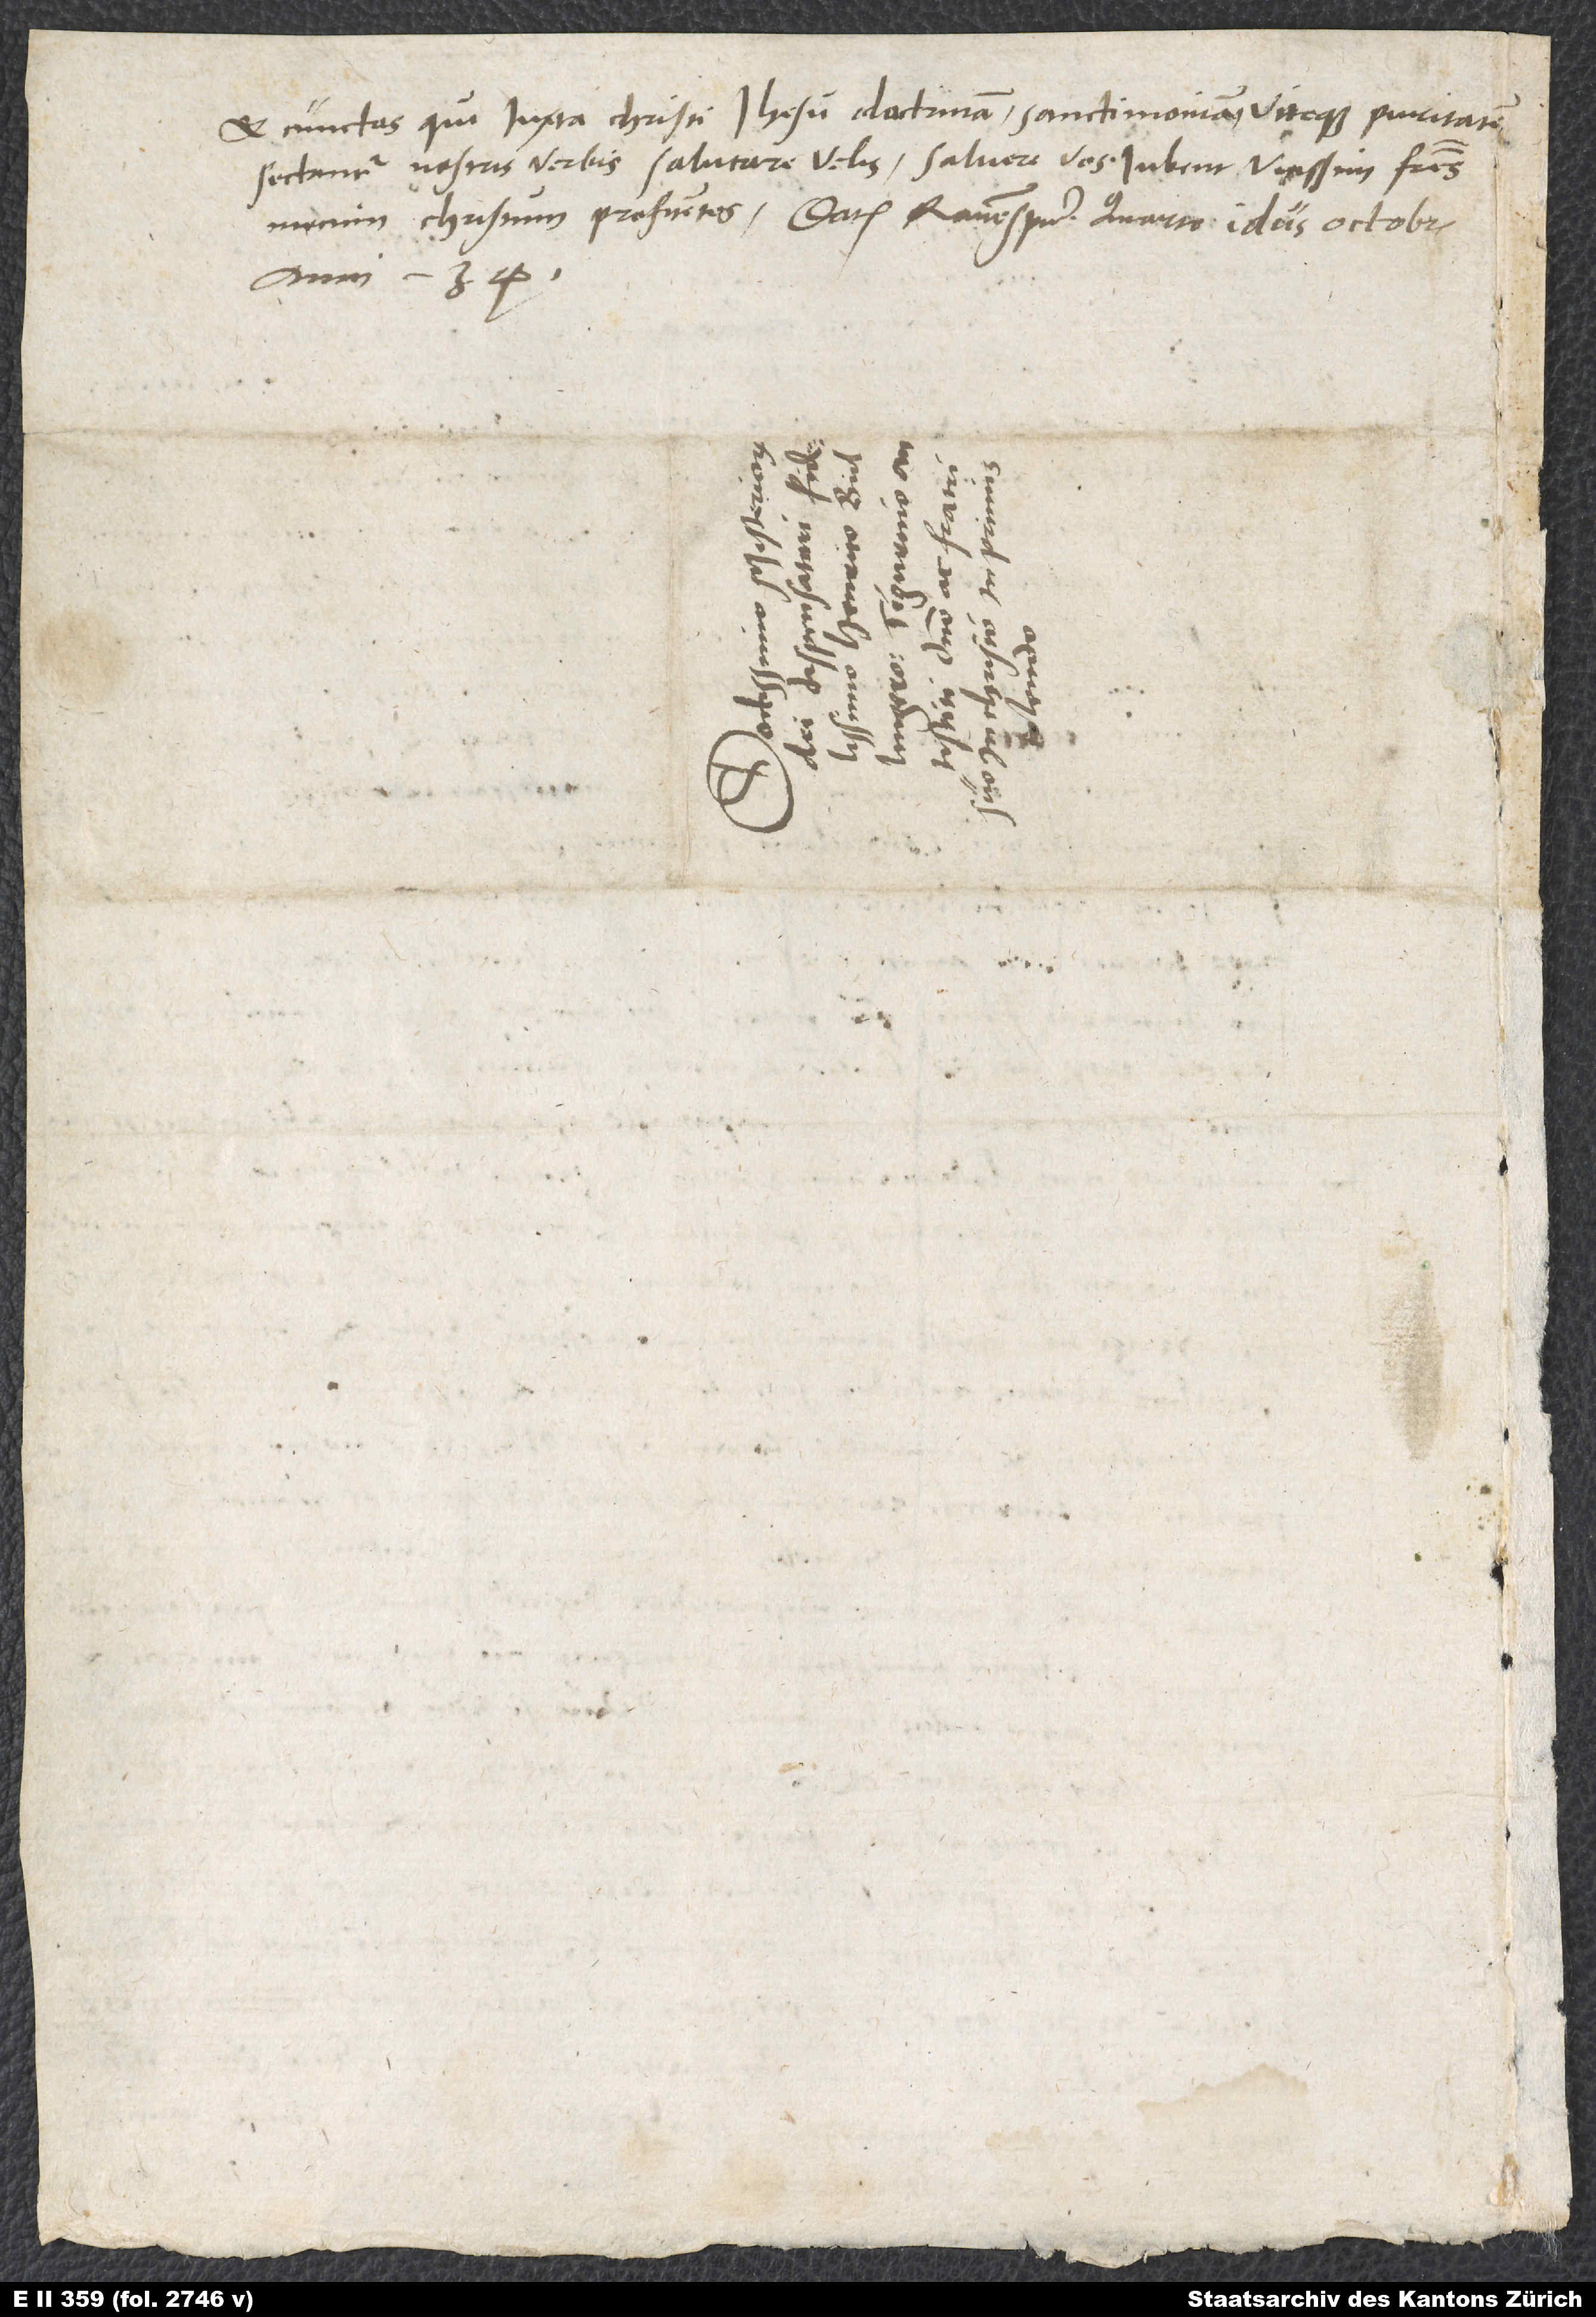
et cunctos, qui iuxta Christi Ihesu doctrinam sanctimoniam viteque puritatem
sectantur, nostris verbis salutare velis. Salvere vos iubent vicissim fratres
mecum Christum profitentes. Datum Ravenspurgi, quarto idus octobris
anni 34.